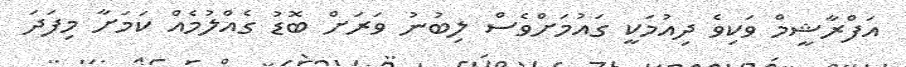
އަފްރާޝީމް ވަކިވެ ދިއުމަކީ ގައުމަށްވެސް ލިބުނު ވަރަށް ބޮޑު ގެއްލުމެއް ކަމަށާ މިފަދަ